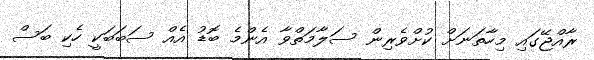
ރާއްޖޭގައި މިހާތަނަށް ކުށްވެރިން ސަލާމަތްވާ އެންމެ ބޮޑު އެއް ސަބަބަކީ ހެކި ބަސް